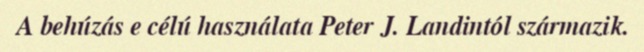
A behúzás e célú használata Peter J. Landintól származik.